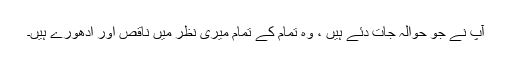
آپ نے جو حوالہ جات دئے ہیں ، وہ تمام کے تمام میری نظر میں ناقص اور ادھورے ہیں۔